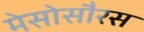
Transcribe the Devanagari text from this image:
मेसोसौरस